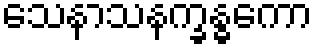
သေနာသနက္ခန္ဓကော